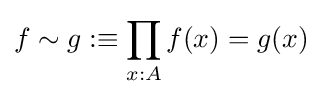
f\sim g:\equiv \prod _{x:A}f(x)=g(x)